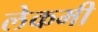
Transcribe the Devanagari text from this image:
लेकमी